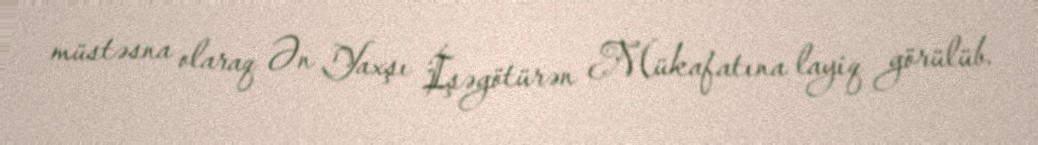
müstəsna olaraq Ən Yaxşı İşəgötürən Mükafatına layiq görülüb.